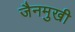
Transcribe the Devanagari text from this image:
जैनमुखी